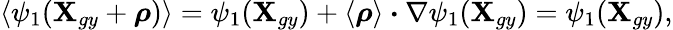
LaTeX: \left\langle\psi_{1}(\textbf{X}_{gy}+\boldsymbol{\rho})\right\rangle=\psi_{1}(\textbf{X}_{gy})+\left\langle\boldsymbol{\rho}\right\rangle\boldsymbol{\cdot}\nabla\psi_{1}(\textbf{X}_{gy})=\psi_{1}(\textbf{X}_{gy}),